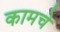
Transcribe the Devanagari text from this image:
कामचे